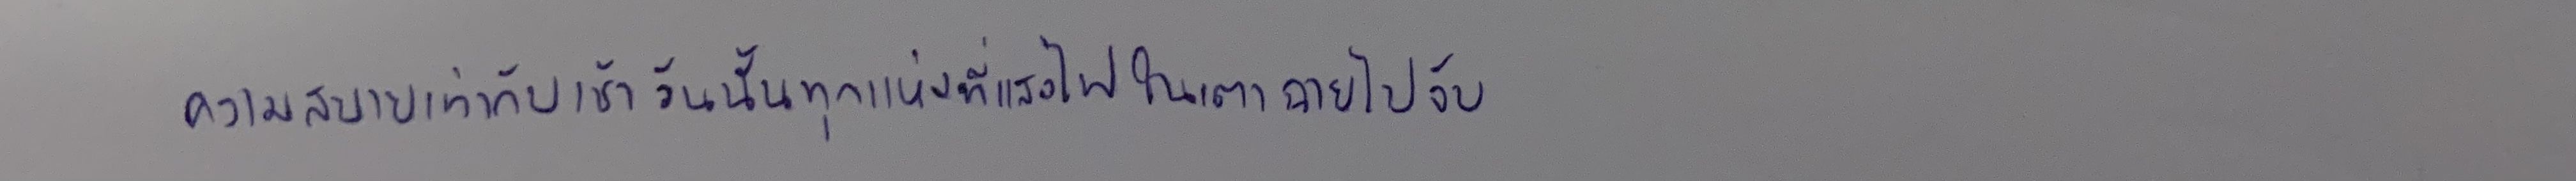
ความสบายเท่ากับเช้าวันนั้นทุกแห่งที่แสงไฟในเตาฉายไปจับ